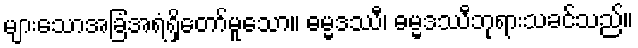
များသောအခြံအရံရှိတော်မူသော။ ဓမ္မဒဿီ၊ ဓမ္မဒဿီဘုရားသခင်သည်။